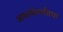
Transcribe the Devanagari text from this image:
अवस्थेपर्यंतचा